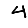
Digit: 4